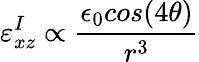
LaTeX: \varepsilon_{xz}^{I}\propto\frac{\epsilon_{0}cos(4\theta)}{r^{3}}